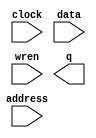
module RAM_Password_Reset_Module (
	address,
	clock,
	data,
	wren,
	q);

	input	[2:0]  address;
	input	  clock;
	input	[15:0]  data;
	input	  wren;
	output	[15:0]  q;
`ifndef ALTERA_RESERVED_QIS
// synopsys translate_off
`endif
	tri1	  clock;
`ifndef ALTERA_RESERVED_QIS
// synopsys translate_on
`endif

endmodule